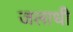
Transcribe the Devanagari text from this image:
जलाधी